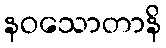
နဝသောတာနိ